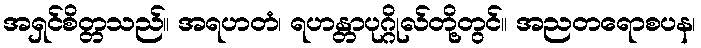
အရှင်စိတ္တသည်။ အရဟတံ၊ ရဟန္တာပုဂ္ဂိုလ်တို့တွင်။ အညတရောစပန၊